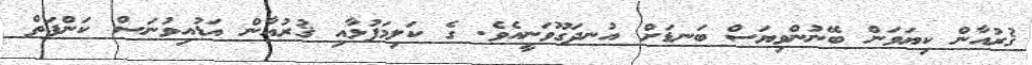
ޤުރުއާން ކިޔަވަން ބޭނުންވިޔަސް ބަނޑަށް އުނދަގޫވަނީއެވެ. ގެ ކަލިމަފުޅާއި ޤުރުއާން އަޑުއިވުނަސް ކަންފަތް